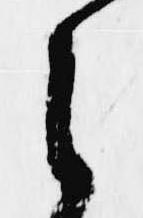
之